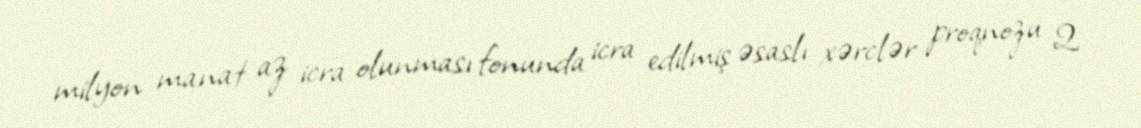
milyon manat az icra olunması fonunda icra edilmiş əsaslı xərclər proqnozu 2